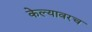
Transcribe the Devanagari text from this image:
केल्यावरच